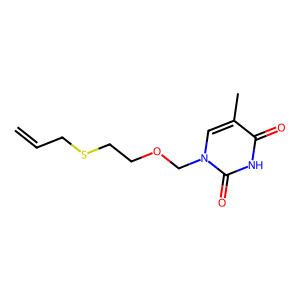
SMILES: C=CCSCCOCn1cc(C)c(=O)[nH]c1=O
Inhibits HIV replication: No